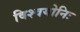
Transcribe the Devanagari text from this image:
विश्वयोनिः